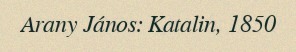
Arany János: Katalin, 1850